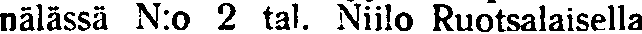
nälässä N:o 2 tal. Niilo Ruotsalaisella